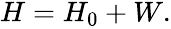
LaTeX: \begin{array}{r}{H=H_{0}+W.}\end{array}